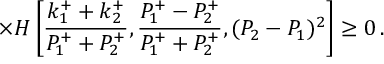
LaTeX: \times H \left[ \frac { k _ { 1 } ^ { + } + k _ { 2 } ^ { + } } { P _ { 1 } ^ { + } + P _ { 2 } ^ { + } } , \frac { P _ { 1 } ^ { + } - P _ { 2 } ^ { + } } { P _ { 1 } ^ { + } + P _ { 2 } ^ { + } } , ( P _ { 2 } - P _ { 1 } ) ^ { 2 } \right] \geq 0 \, .